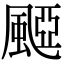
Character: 𩗽